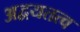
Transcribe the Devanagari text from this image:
अद्वयतत्व